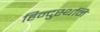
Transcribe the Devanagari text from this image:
हिन्दुस्थनि